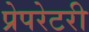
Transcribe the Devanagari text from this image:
प्रेपरेटरी